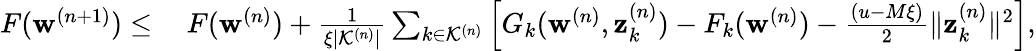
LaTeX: \begin{array}{rl}{F(\mathbf{w}^{(n+1)})\leq}&{\: F(\mathbf{w}^{(n)})+\frac{1}{\xi|\mathcal{K}^{(n)}|}\sum_{k\in\mathcal{K}^{(n)}}\Big[G_{k}(\mathbf{w}^{(n)},\mathbf{z}_{k}^{(n)})-F_{k}(\mathbf{w}^{(n)})-\frac{(u-M\xi)}{2}\| \mathbf{z}_{k}^{(n)}\| ^{2}\Big],}\end{array}